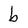
Character: b